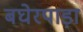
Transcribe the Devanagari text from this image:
बघेरपाड़ा